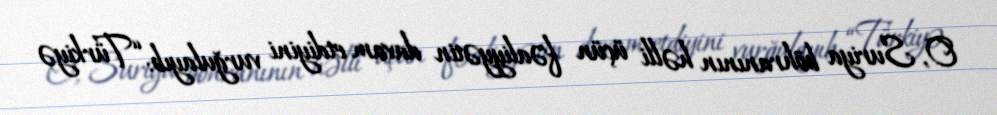
O, Suriya böhranının həlli üçün fəaliyyətin davam etdiyini vurğulayıb: “Türkiyə